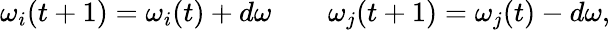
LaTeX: \begin{array}{rlr}{\omega_{i}(t+1)=\omega_{i}(t)+d\omega}&{{}}&{\omega_{j}(t+1)=\omega_{j}(t)-d\omega,}\end{array}